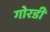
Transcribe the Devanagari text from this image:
गोरडी